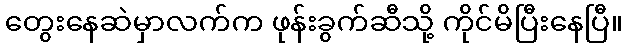
တွေးနေဆဲမှာလက်က ဖုန်းခွက်ဆီသို့ ကိုင်မိပြီးနေပြီ။